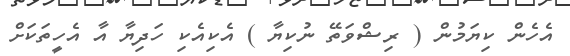
އެހެން ކިޔަމުން ( ރިޝްވަތޭ ނުކިޔާ ) އެކިއެކި ހަދިޔާ އާ އެހީތަކަށް